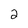
Character: 2